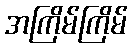
အကြိမ်ကြိမ်